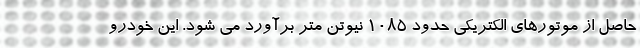
حاصل از موتورهای الکتریکی حدود 1085 نیوتن متر برآورد می شود. این خودرو